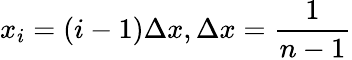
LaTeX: x_{i}=(i-1)\Delta x,\Delta x=\frac{1}{n-1}